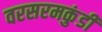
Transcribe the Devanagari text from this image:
वरसरमकुंडी